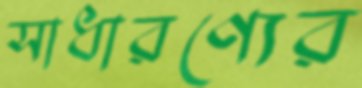
সাধারণ্যের